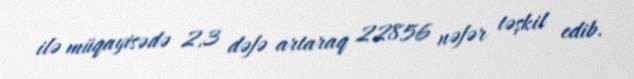
ilə müqayisədə 2,3 dəfə artaraq 22856 nəfər təşkil edib.